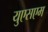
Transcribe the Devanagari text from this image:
युएसएम